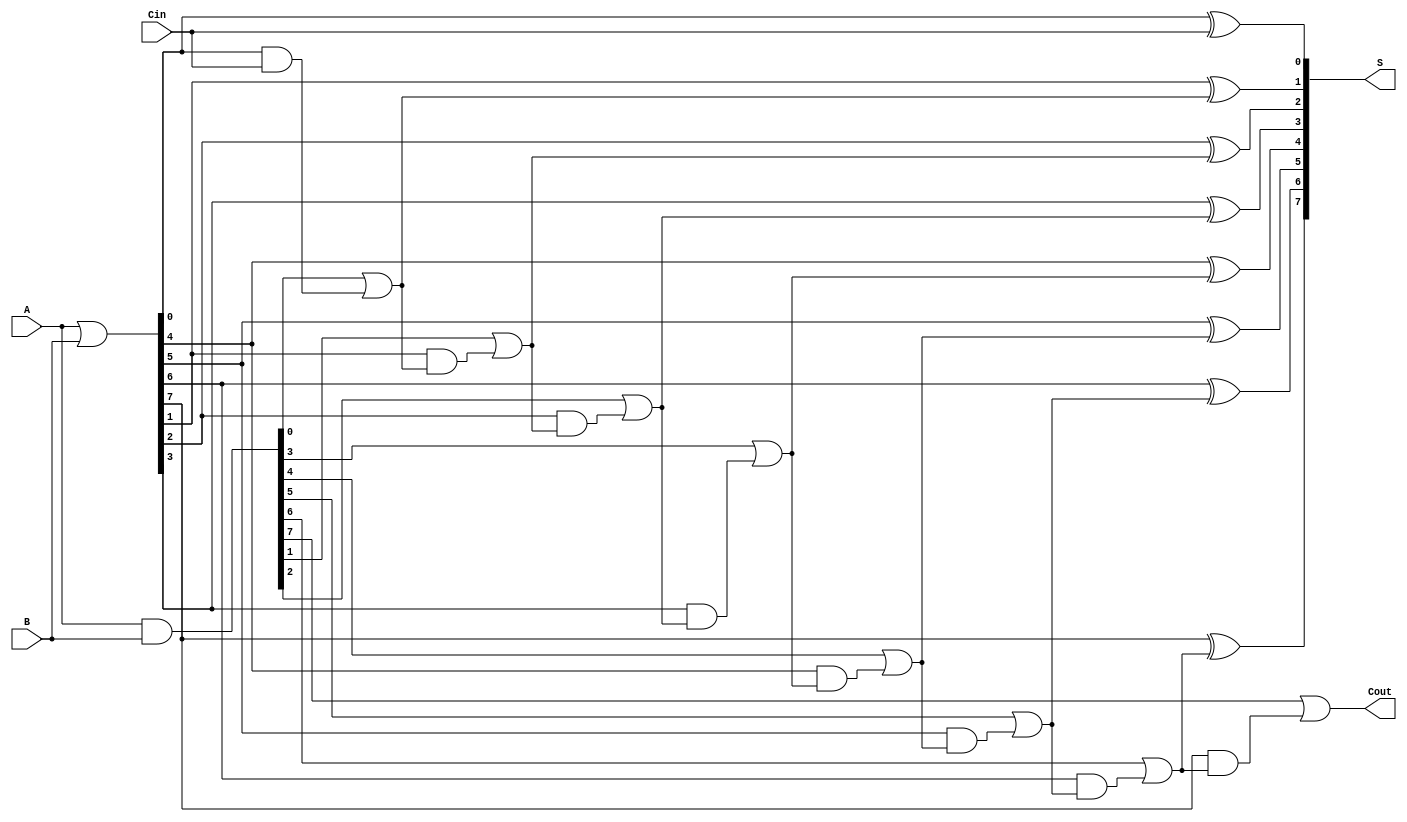
module parallel_prefix_adder #(parameter N = 8) (
    input  wire [N-1:0] A,      // First n-bit input
    input  wire [N-1:0] B,      // Second n-bit input
    input  wire Cin,             // Carry-in
    output wire [N-1:0] S,       // Sum output
    output wire Cout             // Carry-out
);

    // Generate and Propagate signals
    wire [N-1:0] G; // Generate
    wire [N-1:0] P; // Propagate
    wire [N:0] C;    // Carry bits

    // Generate and Propagate computation
    assign G = A & B;          // Generate
    assign P = A | B;          // Propagate

    // Carry computation using Kogge-Stone structure
    assign C[0] = Cin;         // Initial carry-in

    genvar i, j;
    generate
        // Compute carry bits
        for (i = 0; i < N; i = i + 1) begin: carry_gen
            if (i == 0) begin
                assign C[i + 1] = G[i] | (P[i] & C[i]);
            end else begin
                assign C[i + 1] = G[i] | (P[i] & C[i]);
            end
        end
        
        // Compute sum bits
        for (j = 0; j < N; j = j + 1) begin: sum_gen
            assign S[j] = P[j] ^ C[j];
        end
    endgenerate

    // Final carry-out
    assign Cout = C[N];

endmodule